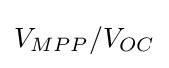
V_{MPP}/V_{OC}